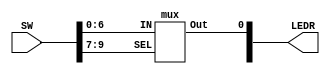
`timescale 1ns / 1ns // `timescale time_unit/time_precision

//SW[2:0] data inputs
//SW[9] select signal

//LEDR[0] output display

module mux7to1(LEDR,SW);

    input [9:0] SW;
    output [9:0] LEDR;
    mux u1(
	.IN(SW[6:0]),
	.SEL(SW[9:7]),
	.Out(LEDR[0])
	);

endmodule

module mux(IN,SEL,Out); 
 input [6:0]IN;
 input [2:0]SEL;
 output Out;
 reg Out;
 always@(*)
	begin
	  case(SEL[2:0])
	 	3'b000: Out = IN[0];
        	3'b001: Out = IN[4];
        	3'b010: Out = IN[2];
        	3'b011: Out = IN[6];
        	3'b100: Out = IN[1];
        	3'b101: Out = IN[5];
        	3'b110: Out = IN[3];
        	3'b111: Out = IN[6];
        default Out = 1;
        endcase
	end
endmodule